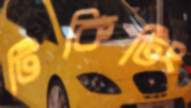
টিকিটিং